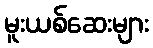
မူးယစ်ဆေးများ